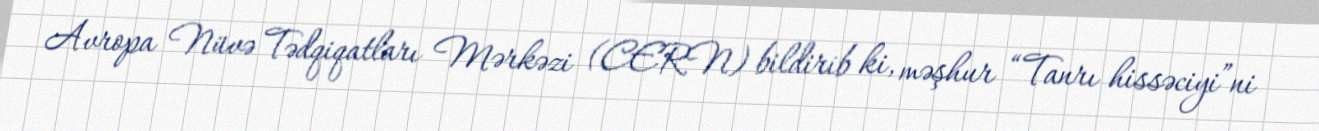
Avropa Nüvə Tədqiqatları Mərkəzi (CERN) bildirib ki, məşhur “Tanrı hissəciyi”ni